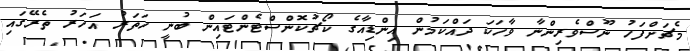
މެޗަށްފަހު ނޫސްވެރިންނާ ވާހަކަ ދައްކަމުން އިންޑިއާގެ ކޯޗުކޮންސްޓެންޓައިން ބުނީ ހަތަރު އަހަރު ތެރޭގައި